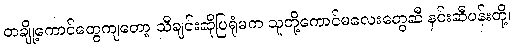
တချို့ကောင်တွေကျတော့ သီချင်းဆိုပြရုံမက သူတို့ကောင်မလေးတွေဆီ နှင်းဆီပန်းတို့၊